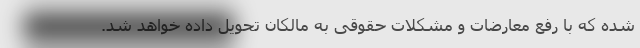
شده که با رفع معارضات و مشکلات حقوقی به مالکان تحویل داده خواهد شد.